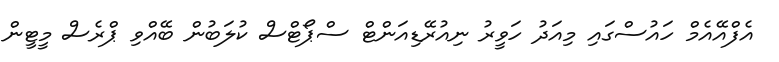
އެފްއޭއެމް ހައުސްގައި މިއަދު ހަވީރު ނިއުރޭޑިއަންޓް ސްޕޯޓްސް ކުލަބުން ބޭއްވި ޕްރެސް މީޓީން